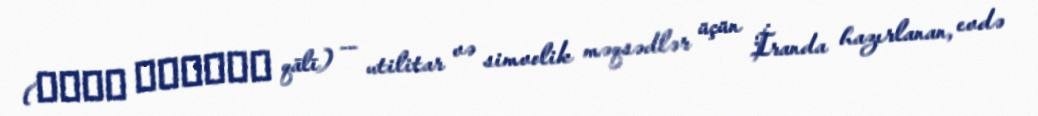
(قالی ايرانى qālī) — utilitar və simvolik məqsədlər üçün İranda hazırlanan, evdə